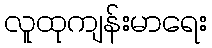
လူထုကျန်းမာရေး